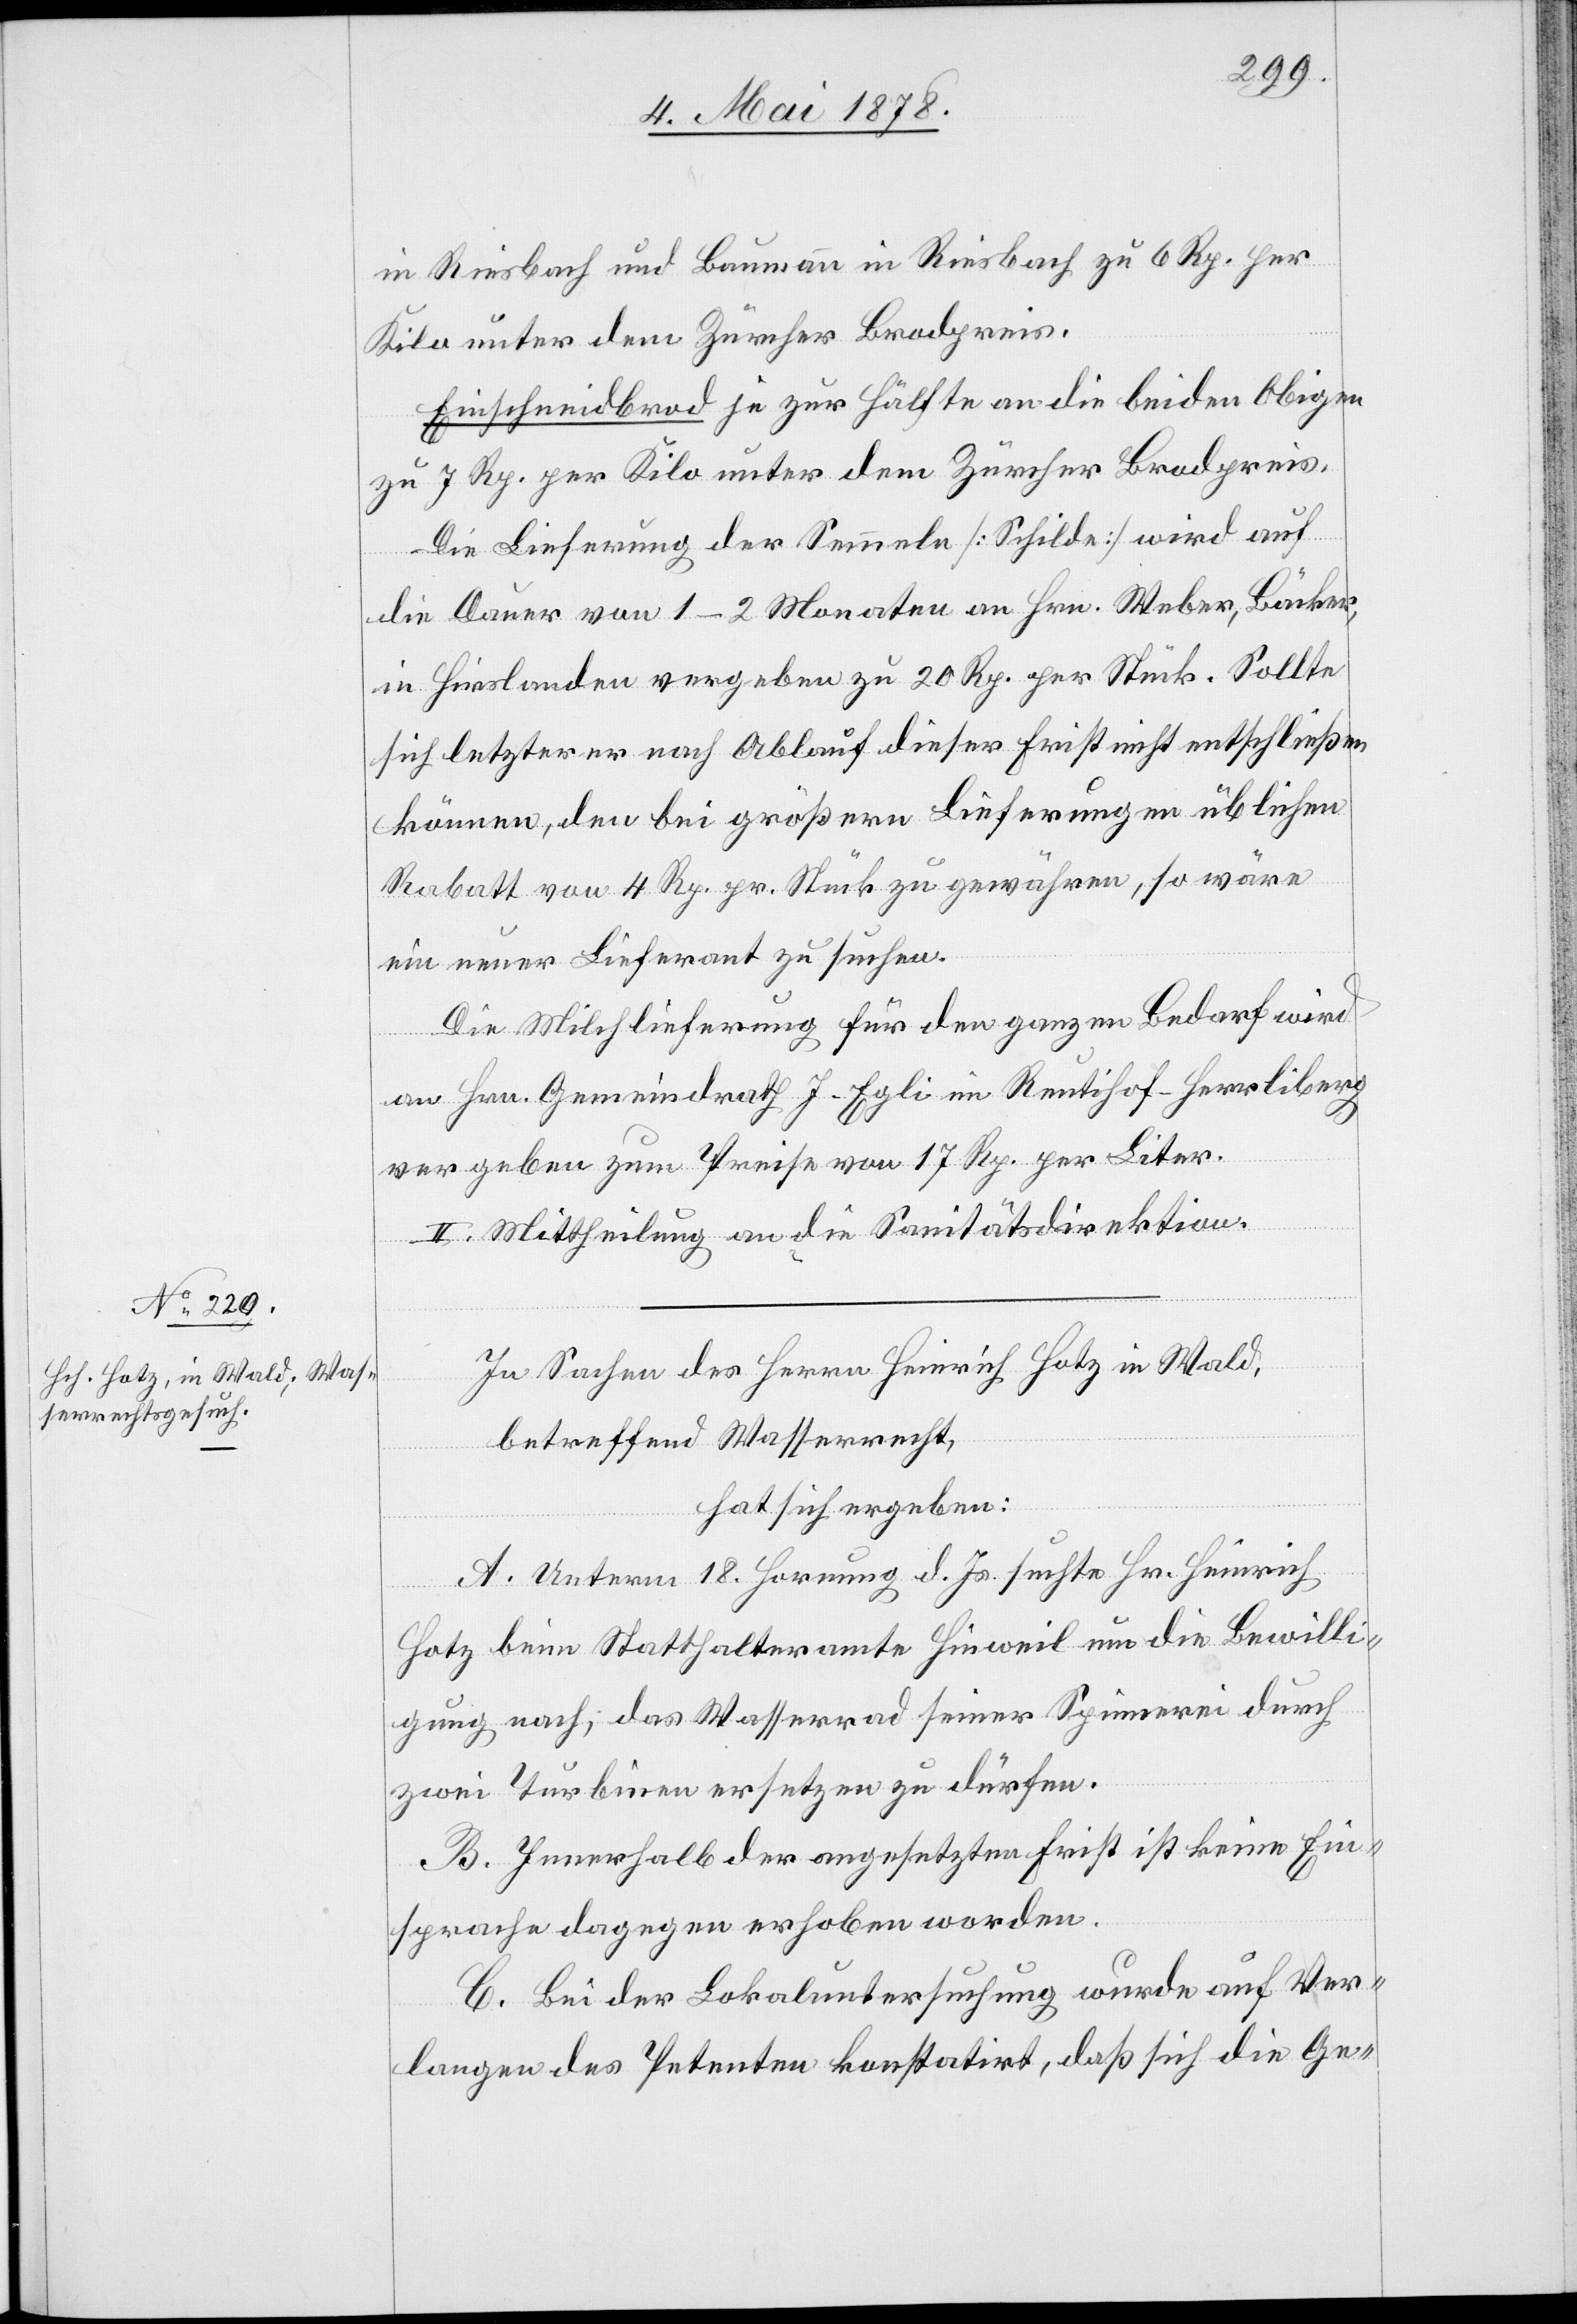
in Riesbach und Baumann in Riesbach zu 6 Rp. per
Kilo unter dem Zürcher Brodpreis.
Einschneidbrod je zur Hälfte an die beiden Obigen
zu 7 Rp. per Kilo unter dem Zürcher Brodpreis.
Die Lieferung der Semmeln [Schilde] wird auf
die Dauer von 1–2 Monaten an Hrn. Weber, Bäcker,
in Hirslanden vergeben zu 20 Rp. per Stück. Sollte
sich letzterer nach Ablauf dieser Frist nicht entschließen
können, den bei größern Lieferungen üblichen
Rabatt von 4 Rp. pr. Stück zu gewähren, so wäre
ein neuer Lieferant zu suchen.
Die Milchlieferung für den ganzen Bedarf wird
an Hrn. Gemeindrath J. Egli im Reutihof - Herlliberg
vergeben zum Preise von 17 Rp. per Liter.
II. Mittheilung an die Sanitätsdirektion.
In Sachen des Herrn Heinrich Hotz in Wald,
betreffend Wasserrecht,
hat sich ergeben:
A. Unterm 18. Hornung d. Js. suchte Hr. Heinrich
Hotz beim Statthalteramte Hinweil um die Bewilli¬
gung nach, das Wasserrad seiner Spinnerei durch
zwei Turbinen ersetzen zu dürfen.
B. Innerhalb der angesetzten Frist ist keine Ein¬
sprache dagegen erhoben worden.
C. Bei der Lokaluntersuchung wurde auf Ver¬
langen des Petenten konstatirt, daß sich die Ge-